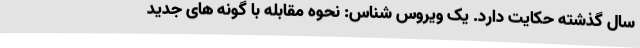
سال گذشته حکایت دارد. یک ویروس شناس: نحوه مقابله با گونه‌ های جدید